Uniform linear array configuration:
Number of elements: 32
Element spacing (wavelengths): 1
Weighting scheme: hann
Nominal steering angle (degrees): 15
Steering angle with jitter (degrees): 15.515
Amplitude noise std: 0.05
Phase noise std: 0.05

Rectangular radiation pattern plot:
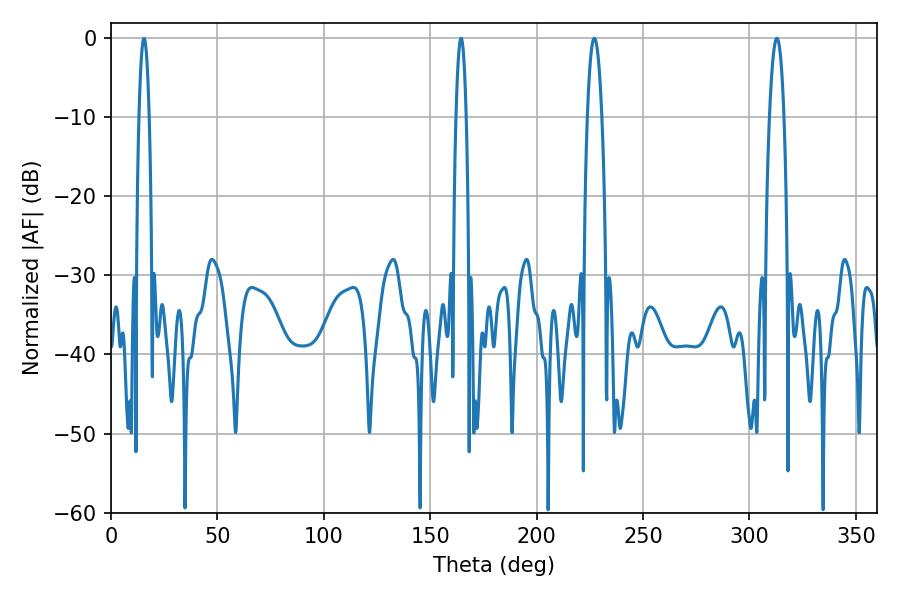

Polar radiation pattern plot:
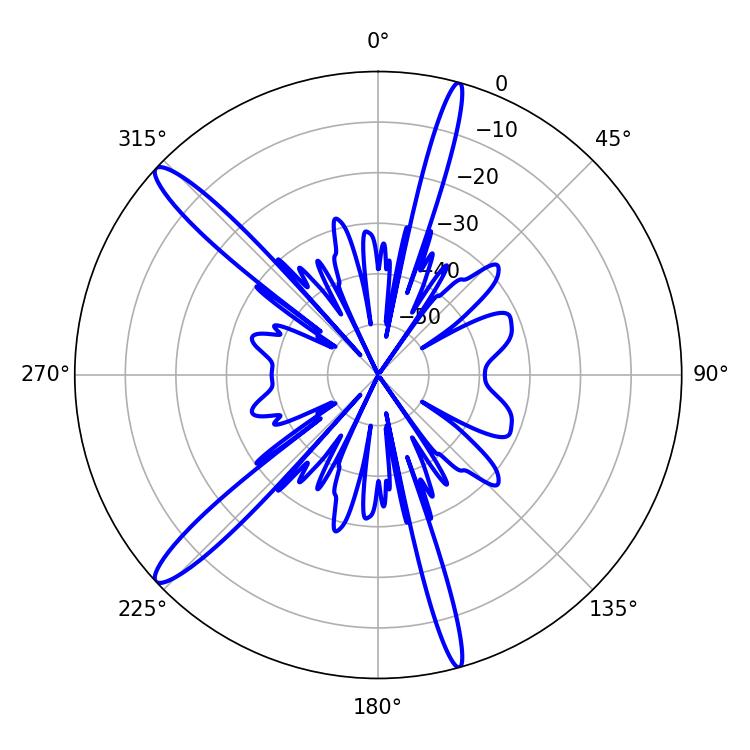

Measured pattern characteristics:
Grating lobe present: TRUE
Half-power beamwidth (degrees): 2.52
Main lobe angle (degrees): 15.48